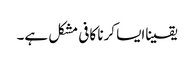
یقیناایسا کرنا کافی مشکل ہے۔